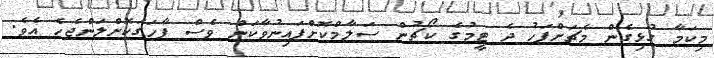
މިކަމާ ގުޅިގެން މެޗަށްފަހު ދެ ޓީމުގެ ކޯޗުން ސަލާމްކޮށްފައިނުވާކަން ވެސް ފާހަގަކޮށްލަންޖެހެ އެވެ.